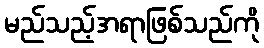
မည်သည့်အရာဖြစ်သည်ကို